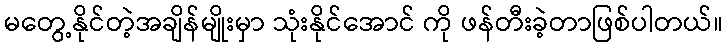
မတွေ့နိုင်တဲ့အချိန်မျိုးမှာ သုံးနိုင်အောင် ကို ဖန်တီးခဲ့တာဖြစ်ပါတယ်။